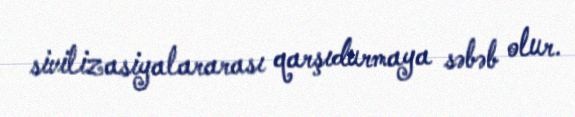
sivilizasiyalararası qarşıdurmaya səbəb olur.